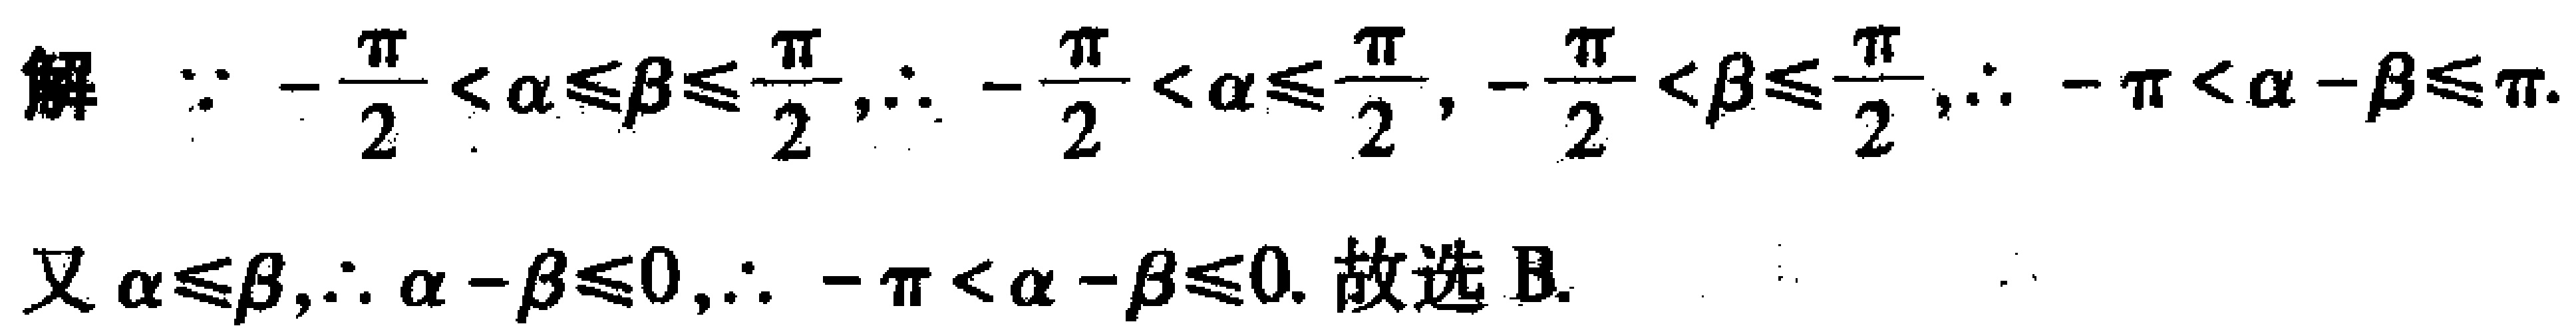
解 $\because -\frac{\pi}{2}<\alpha\leqslant\beta\leqslant\frac{\pi}{2},\therefore -\frac{\pi}{2}<\alpha\leqslant\frac{\pi}{2}, -\frac{\pi}{2}<\beta\leqslant\frac{\pi}{2},\therefore -\pi<\alpha - \beta\leqslant\pi.$

又 $\alpha\leqslant\beta,\therefore \alpha - \beta\leqslant0,\therefore -\pi<\alpha - \beta\leqslant0.$ 故选 B.